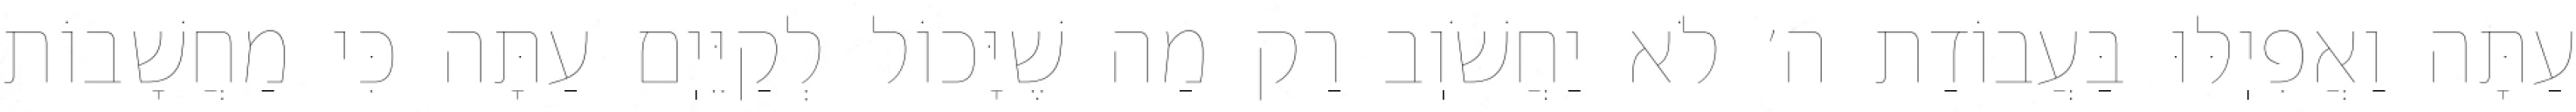
עַתָּה וַאֲפִיֽלּוּ בַּעֲבוֹדַת ה׳ לֹא יַחֲשֹׁוֽב רַק מַה שֶׁיָּכוֹל לְקַיֵּיֽם עַתָּה כִּי מַחֲשָׁבוֹת